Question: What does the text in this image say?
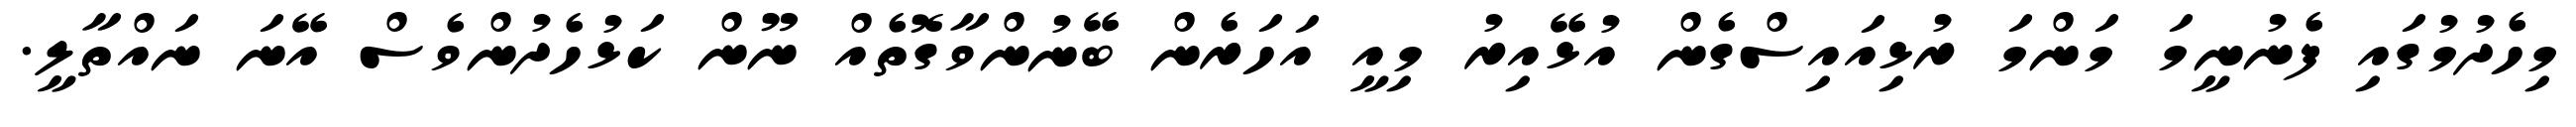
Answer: މިހެދުމުގައި ފެނުނީމަ މަންމަ ރުޅިއައިސްގެން އުޅޭއިރު މިއީ އަހަރެން ބޭނުންވާގޮތެއް ނޫން ކަޅުހެދުންވެސް އޭނަ ނައްތާލީ.